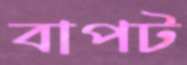
বাপট